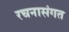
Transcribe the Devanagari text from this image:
रचनासंगत